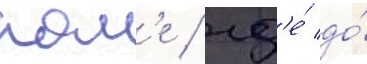
пол'е / гд'е́ до́